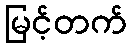
မြင့်တက်